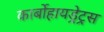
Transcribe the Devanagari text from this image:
कार्बोहायड्रेट्रस